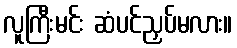
လူကြီးမင်း ဆံပင်ညှပ်မလား။